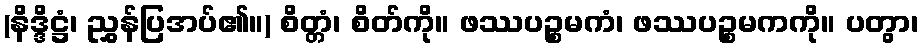
(နိဒ္ဒိဋ္ဌံ၊ ညွှန်ပြအပ်၏။) စိတ္တံ၊ စိတ်ကို။ ဖဿပဉ္စမကံ၊ ဖဿပဉ္စမကကို။ ပတွာ၊